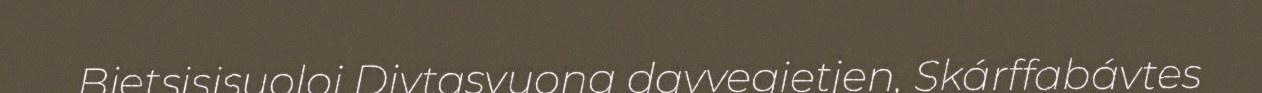
Bietsisjsuoloj Divtasvuona davvegietjen, Skárffabávtes